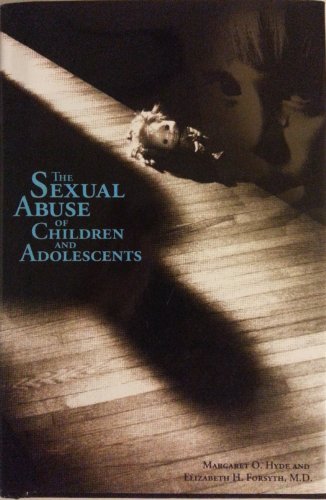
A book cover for The Sexual Abuse Of Children and Adolescents; Margaret O. Hyde; Teen & Young Adult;